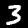
Digit: 3